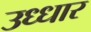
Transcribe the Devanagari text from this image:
उध्धार